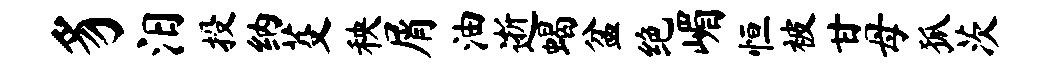
豸汨投纳芟秧屑油逝蝎盆绝嵋恒被甘母狐茨